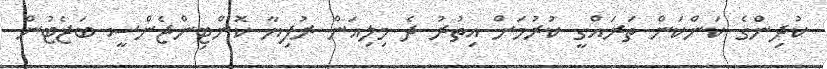
ކުދިންގެ ކަންކަން ތަރައްގީ ކުރުމަށް އިތުރު ދެ މިލިއަން ރުފިޔާ ކޮންޓިންޖެންސީ ބަޖެޓުން